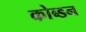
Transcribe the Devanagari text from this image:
कोब्डन